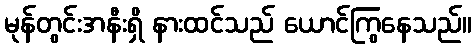
မုန်တွင်းအနီးရှိ နားထင်သည် ယောင်ကြွနေသည်။